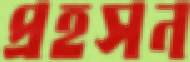
প্রহসন